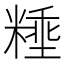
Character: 𰫈